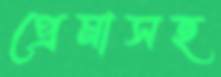
প্রেমাসহ